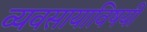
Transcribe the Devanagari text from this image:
व्यवसायाविषयी